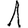
Digit: 1